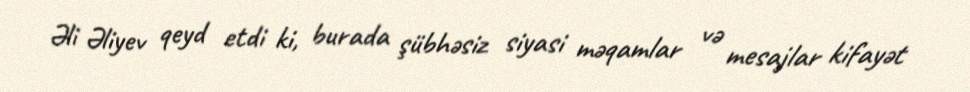
Əli Əliyev qeyd etdi ki, burada şübhəsiz siyasi məqamlar və mesajlar kifayət